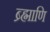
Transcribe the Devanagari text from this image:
ब्र्ह्माणि